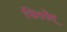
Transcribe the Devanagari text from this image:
चिंतयेत्